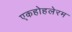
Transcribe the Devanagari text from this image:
एकहोहलेरम